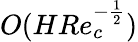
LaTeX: O(HRe_{c}^{-\frac{1}{2}})